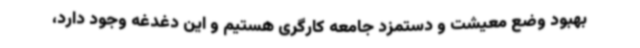
بهبود وضع معیشت و دستمزد جامعه کارگری هستیم و این دغدغه وجود دارد،